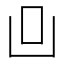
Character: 𠙼